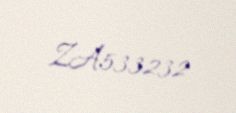
ZA533232